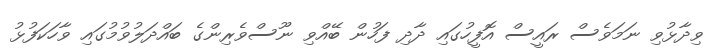
ވިދާޅުވި ނަމަވެސް ރައީސް އޮފީހުގައި ދާދި ފަހުން ބޭއްވި ނޫސްވެރިންގެ ބައްދަލުވުމުގައި ވާހަކަފުޅު